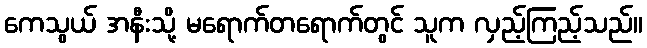
ကေသွယ် အနီးသို့ မရောက်တရောက်တွင် သူက လှည့်ကြည့်သည်။